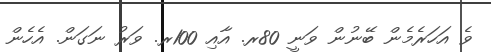
ވެ އަހަރެމެން ބޭނުން ވަނީ 80ރ. އާއި 100ރ. ވަރު ނަގަން. އެހެން